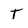
Character: T